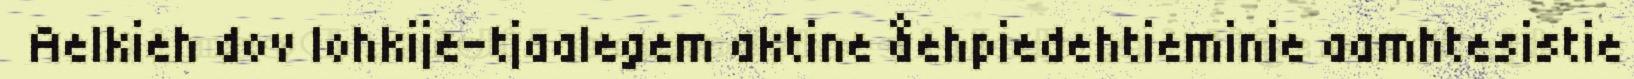
Aelkieh dov lohkije-tjaalegem aktine åehpiedehtieminie aamhtesistie